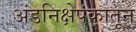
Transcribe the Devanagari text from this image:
अंडनिक्षेपकातून